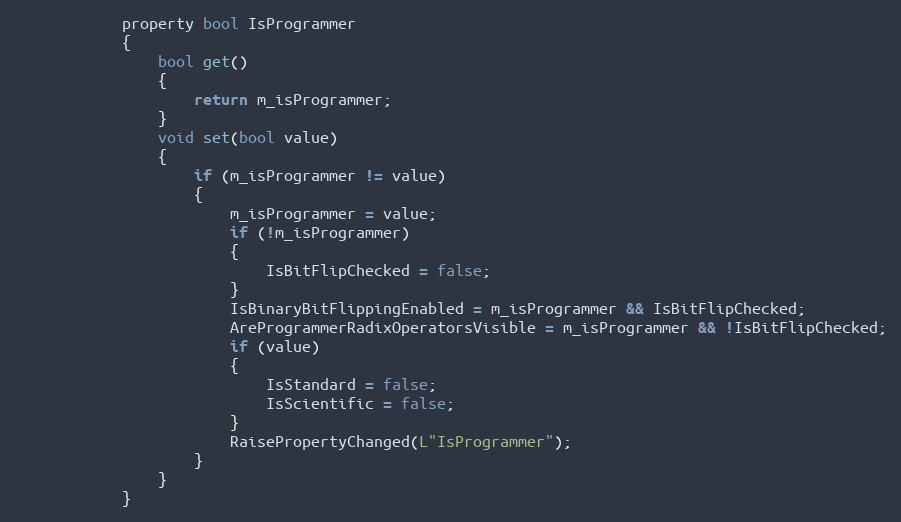
Language: C
            property bool IsProgrammer
            {
                bool get()
                {
                    return m_isProgrammer;
                }
                void set(bool value)
                {
                    if (m_isProgrammer != value)
                    {
                        m_isProgrammer = value;
                        if (!m_isProgrammer)
                        {
                            IsBitFlipChecked = false;
                        }
                        IsBinaryBitFlippingEnabled = m_isProgrammer && IsBitFlipChecked;
                        AreProgrammerRadixOperatorsVisible = m_isProgrammer && !IsBitFlipChecked;
                        if (value)
                        {
                            IsStandard = false;
                            IsScientific = false;
                        }
                        RaisePropertyChanged(L"IsProgrammer");
                    }
                }
            }